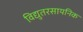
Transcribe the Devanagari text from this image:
विद्युतरसायनिक